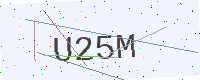
Text: U25M